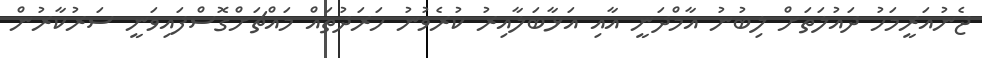
ޖެނުއަރީމަހު ދައުލަތަށް ލިބުނު އާމްދަނީ އާއި އަޅާބަލާއިރު ކުރެވުނު ހަރަދުތައް މައްޗަށްގޮސްފައިވަނީ ސަރުކާރުން